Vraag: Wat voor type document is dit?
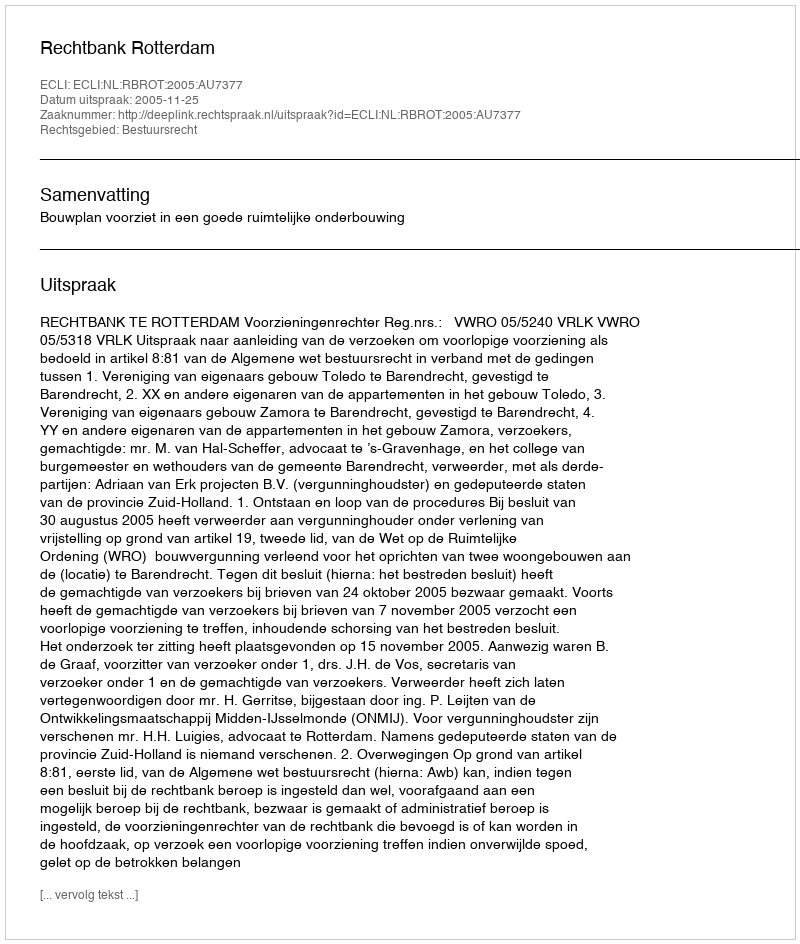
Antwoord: Uitspraak